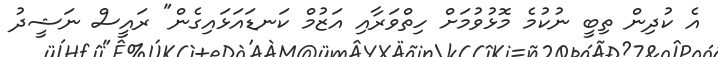
އެ ކުދިން ތިބީ ނުކުމެ މޮޅުވުމަށް ހިތްވަރާއި އަޒުމް ކަނޑައަޅައިގެން" ރައީސް ނަޝީދު